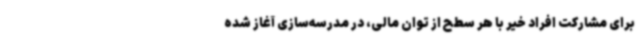
برای مشارکت افراد خیر با هر سطح از توان مالی، در مدرسه‌سازی آغاز شده